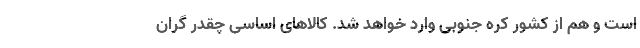
است و هم از کشور کره جنوبی وارد خواهد شد. کالاهای اساسی چقدر گران